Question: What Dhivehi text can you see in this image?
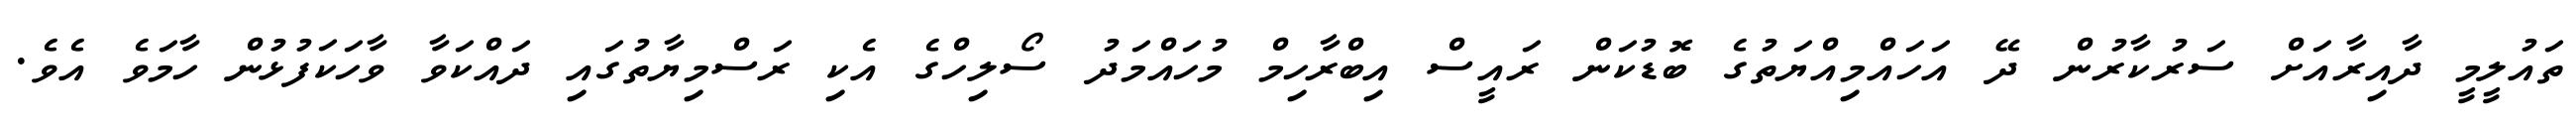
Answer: ތައުލީމީ ދާއިރާއަށް ސަރުކާރުން ދޭ އަހައްމިއްޔަތުގެ ބޮޑުކަން ރައީސް އިބްރާހިމް މުހައްމަދު ސޯލިހްގެ އެކި ރަސްމިޔާތުގައި ދައްކަވާ ވާހަކަފުޅުން ހާމަވެ އެވެ.